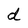
Character: d